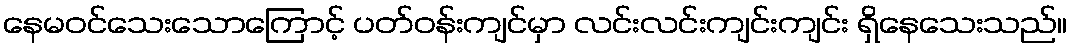
နေမဝင်သေးသောကြောင့် ပတ်ဝန်းကျင်မှာ လင်းလင်းကျင်းကျင်း ရှိနေသေးသည်။